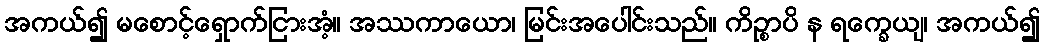
အကယ်၍ မစောင့်ရှောက်ငြားအံ့။ အဿကာယော၊ မြင်းအပေါင်းသည်။ ကိဉ္စာပိ န ရက္ခေယျ၊ အကယ်၍